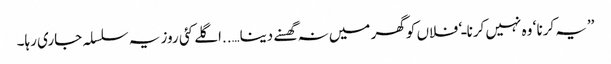
’’یہ کرنا ‘ وہ نہیں کرنا ـ‘ فلاں کو گھر میں نہ گھسنے دینا…..اگلے کئی روز یہ سلسلہ جاری رہا۔